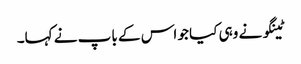
ٹینگو نے وہی کیا جو اس کے باپ نے کہا۔